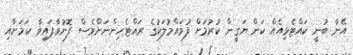
އޭނާ ބުނީ ކައްޓެޅިއެއް ކަން ޔަގީން ކުރުމަށް ފުވައްމުލަކުގެ ރައްޓެހިންނަށްވެސް ފޮނުވާފައިވާ ކަމަށާއި